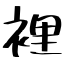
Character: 裡